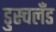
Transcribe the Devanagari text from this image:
डुस्चलँड